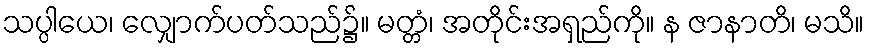
သပ္ပါယေ၊ လျှောက်ပတ်သည်၌။ မတ္တံ၊ အတိုင်းအရှည်ကို။ န ဇာနာတိ၊ မသိ။